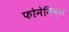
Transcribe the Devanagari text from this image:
फोनेमिक्स